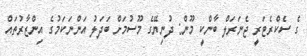
ގެ ސެކްރެޓަރީ ޖެނަރަލް ބާންކީ މޫން: ދުނިޔޭގެ މޫސުމަށް ބަދަލު އަންނަކަމުގެ އިންޒާރުތައް